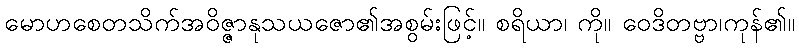
မောဟစေတသိက်အဝိဇ္ဇာနုသယဇော၏အစွမ်းဖြင့်။ စရိယာ၊ ကို။ ဝေဒိတဗ္ဗာ၊ကုန်၏။